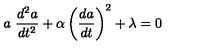
a \ \frac { d ^ { 2 } a } { d t ^ { 2 } } + \alpha \left( \frac { d a } { d t } \right) ^ { 2 } + \lambda = 0